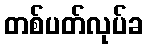
တစ်ပတ်လုပ်ခ